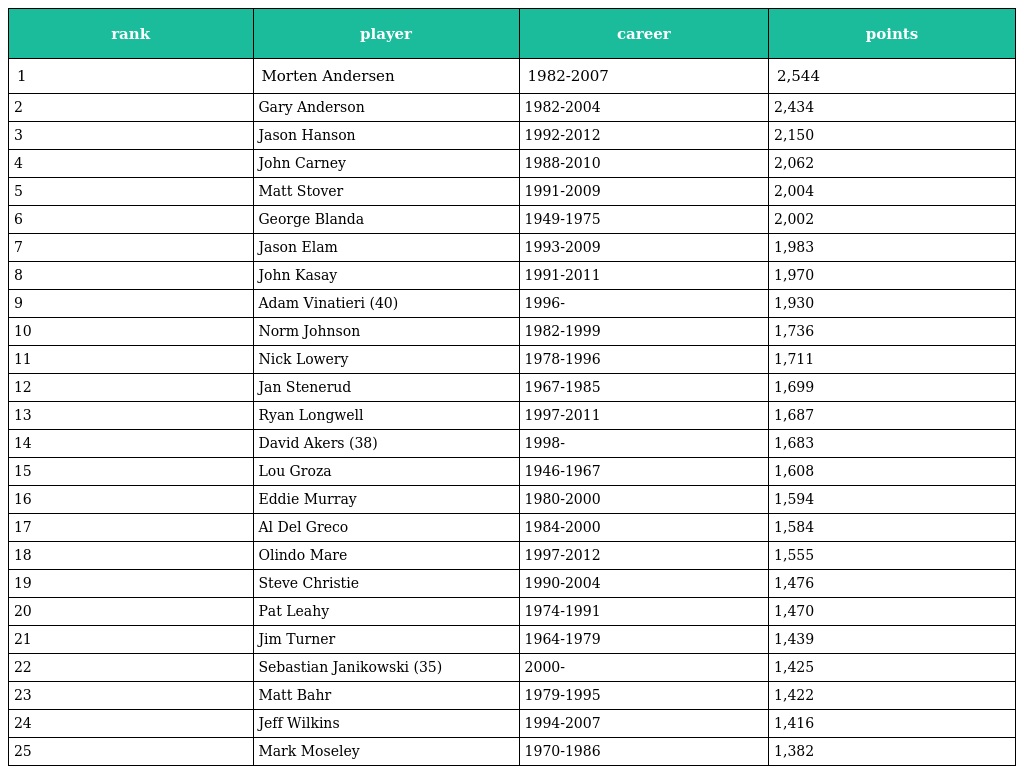
| rank | player | career | points |
 | --- | --- | --- | --- |
 | 1 | Morten Andersen | 1982-2007 | 2,544 |
 | 2 | Gary Anderson | 1982-2004 | 2,434 |
 | 3 | Jason Hanson | 1992-2012 | 2,150 |
 | 4 | John Carney | 1988-2010 | 2,062 |
 | 5 | Matt Stover | 1991-2009 | 2,004 |
 | 6 | George Blanda | 1949-1975 | 2,002 |
 | 7 | Jason Elam | 1993-2009 | 1,983 |
 | 8 | John Kasay | 1991-2011 | 1,970 |
 | 9 | Adam Vinatieri (40) | 1996- | 1,930 |
 | 10 | Norm Johnson | 1982-1999 | 1,736 |
 | 11 | Nick Lowery | 1978-1996 | 1,711 |
 | 12 | Jan Stenerud | 1967-1985 | 1,699 |
 | 13 | Ryan Longwell | 1997-2011 | 1,687 |
 | 14 | David Akers (38) | 1998- | 1,683 |
 | 15 | Lou Groza | 1946-1967 | 1,608 |
 | 16 | Eddie Murray | 1980-2000 | 1,594 |
 | 17 | Al Del Greco | 1984-2000 | 1,584 |
 | 18 | Olindo Mare | 1997-2012 | 1,555 |
 | 19 | Steve Christie | 1990-2004 | 1,476 |
 | 20 | Pat Leahy | 1974-1991 | 1,470 |
 | 21 | Jim Turner | 1964-1979 | 1,439 |
 | 22 | Sebastian Janikowski (35) | 2000- | 1,425 |
 | 23 | Matt Bahr | 1979-1995 | 1,422 |
 | 24 | Jeff Wilkins | 1994-2007 | 1,416 |
 | 25 | Mark Moseley | 1970-1986 | 1,382 |